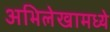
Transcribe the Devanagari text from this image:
अभिलेखामध्ये